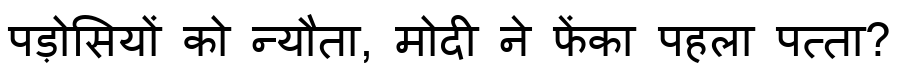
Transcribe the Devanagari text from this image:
पड़ोसियों को न्यौता, मोदी ने फेंका पहला पत्ता?